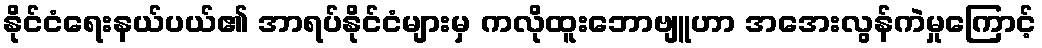
နိုင်ငံရေးနယ်ပယ်၏ အာရပ်နိုင်ငံများမှ ကလိုထူးဘောဗျူဟာ အအေးလွန်ကဲမှုကြောင့်